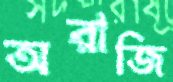
অরাজি